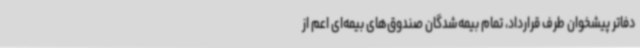
دفاتر پیشخوان طرف قرارداد، تمام بیمه‌شدگان صندوق‌های بیمه‌ای اعم از